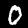
Label: 0